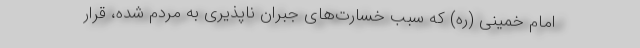
امام خمینی (ره) که سبب خسارت‌های جبران ناپذیری به مردم شده، قرار